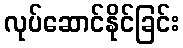
လုပ်ဆောင်နိုင်ခြင်း